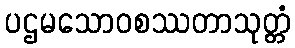
ပဌမသောဝစဿတာသုတ္တံ